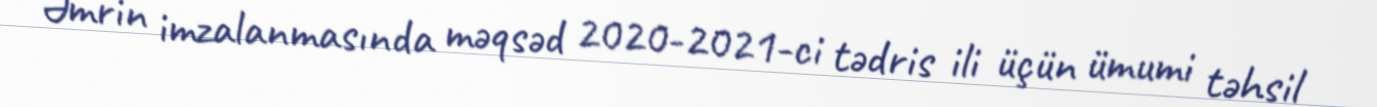
Əmrin imzalanmasında məqsəd 2020-2021-ci tədris ili üçün ümumi təhsil